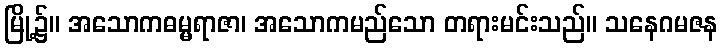
မြို့၌။ အသောကဓမ္မရာဇာ၊ အသောကမည်သော တရားမင်းသည်။ သနေဂမဇန